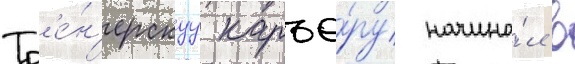
Тр'е́н'ерскуу карье́ру начина́л в